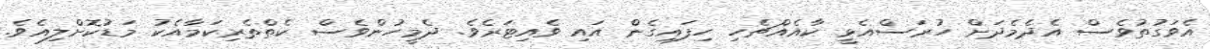
އެވަގުތުވެސް އެދެމެދަށް ހުރަސްއެޅީ ކާއެއްޗެހި ހިފައިގެން އައި ވެއިޓަރެވެ. ދެމީހުންވެސް ކެތްތެރިކަމާއެކު މަޑުކޮށްލިއެވެ.